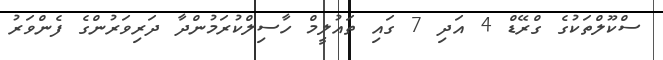
ސްކޫލްތަކުގެ ގްރޭޑް 4 އަދި 7 ގައި ތައުލީމް ހާސިލްކުރަމުންދާ ދަރިވަރުންގެ ފެންވަރު